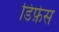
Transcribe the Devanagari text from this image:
डिफ़ेस